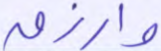
وارزق